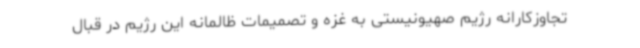
تجاوزکارانه رژیم صهیونیستی به غزه و تصمیمات ظالمانه این رژیم در قبال